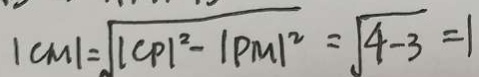
\vert c m \vert = \sqrt { \vert C P \vert ^ { 2 } - \vert P M \vert ^ { 2 } } = \sqrt { 4 - 3 } = 1